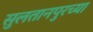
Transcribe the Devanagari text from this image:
सुलतानपुरच्या